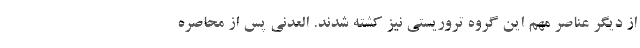
از دیگر عناصر مهم این گروه تروریستی نیز کشته شدند. العدنی پس از محاصره